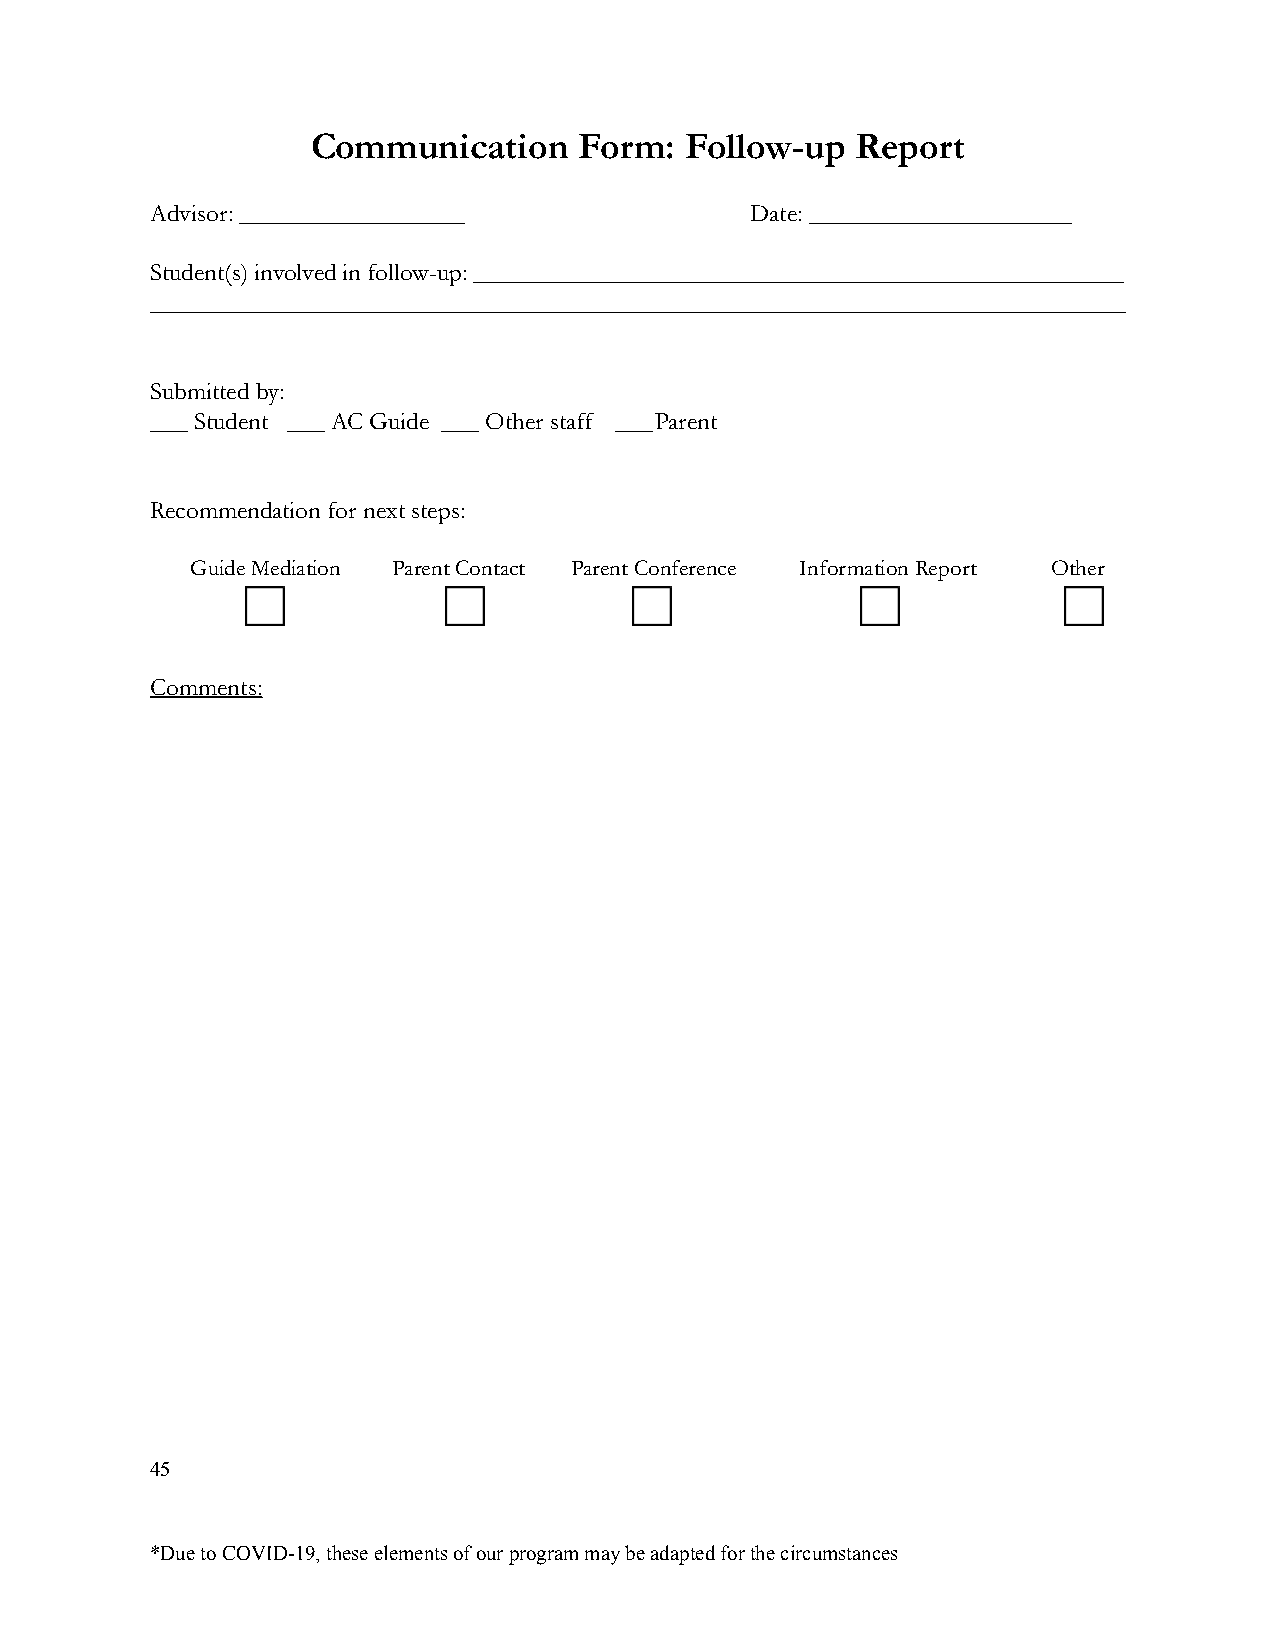
Communication    Form:  Follow-up   Report
 Advisor: __________________             Date: _____________________
 Student(s) involved in follow-up: ____________________________________________________
 ______________________________________________________________________________
 Submitted by:
 ___ Student ___ AC Guide ___ Other staff ___Parent
 Recommendation for next steps:
 Guide Mediation Parent Contact ParentConference Information Report Other
 Comments:
 45
 *Due to COVID-19, these elements of our program maybe adapted for the circumstances